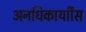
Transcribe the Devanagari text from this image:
अनधिकार्याीस